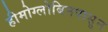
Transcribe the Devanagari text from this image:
हीमोग्लोबिनपासून